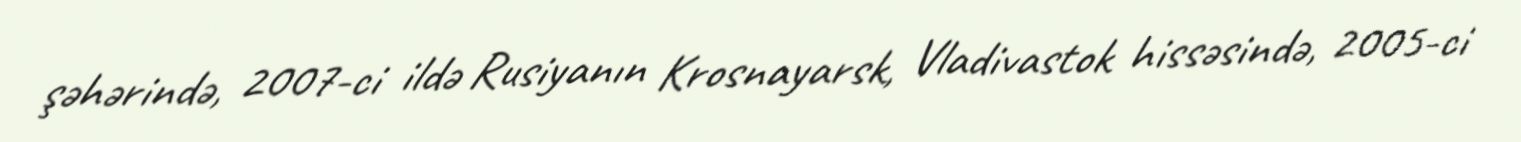
şəhərində, 2007-ci ildə Rusiyanın Krosnayarsk, Vladivastok hissəsində, 2005-ci